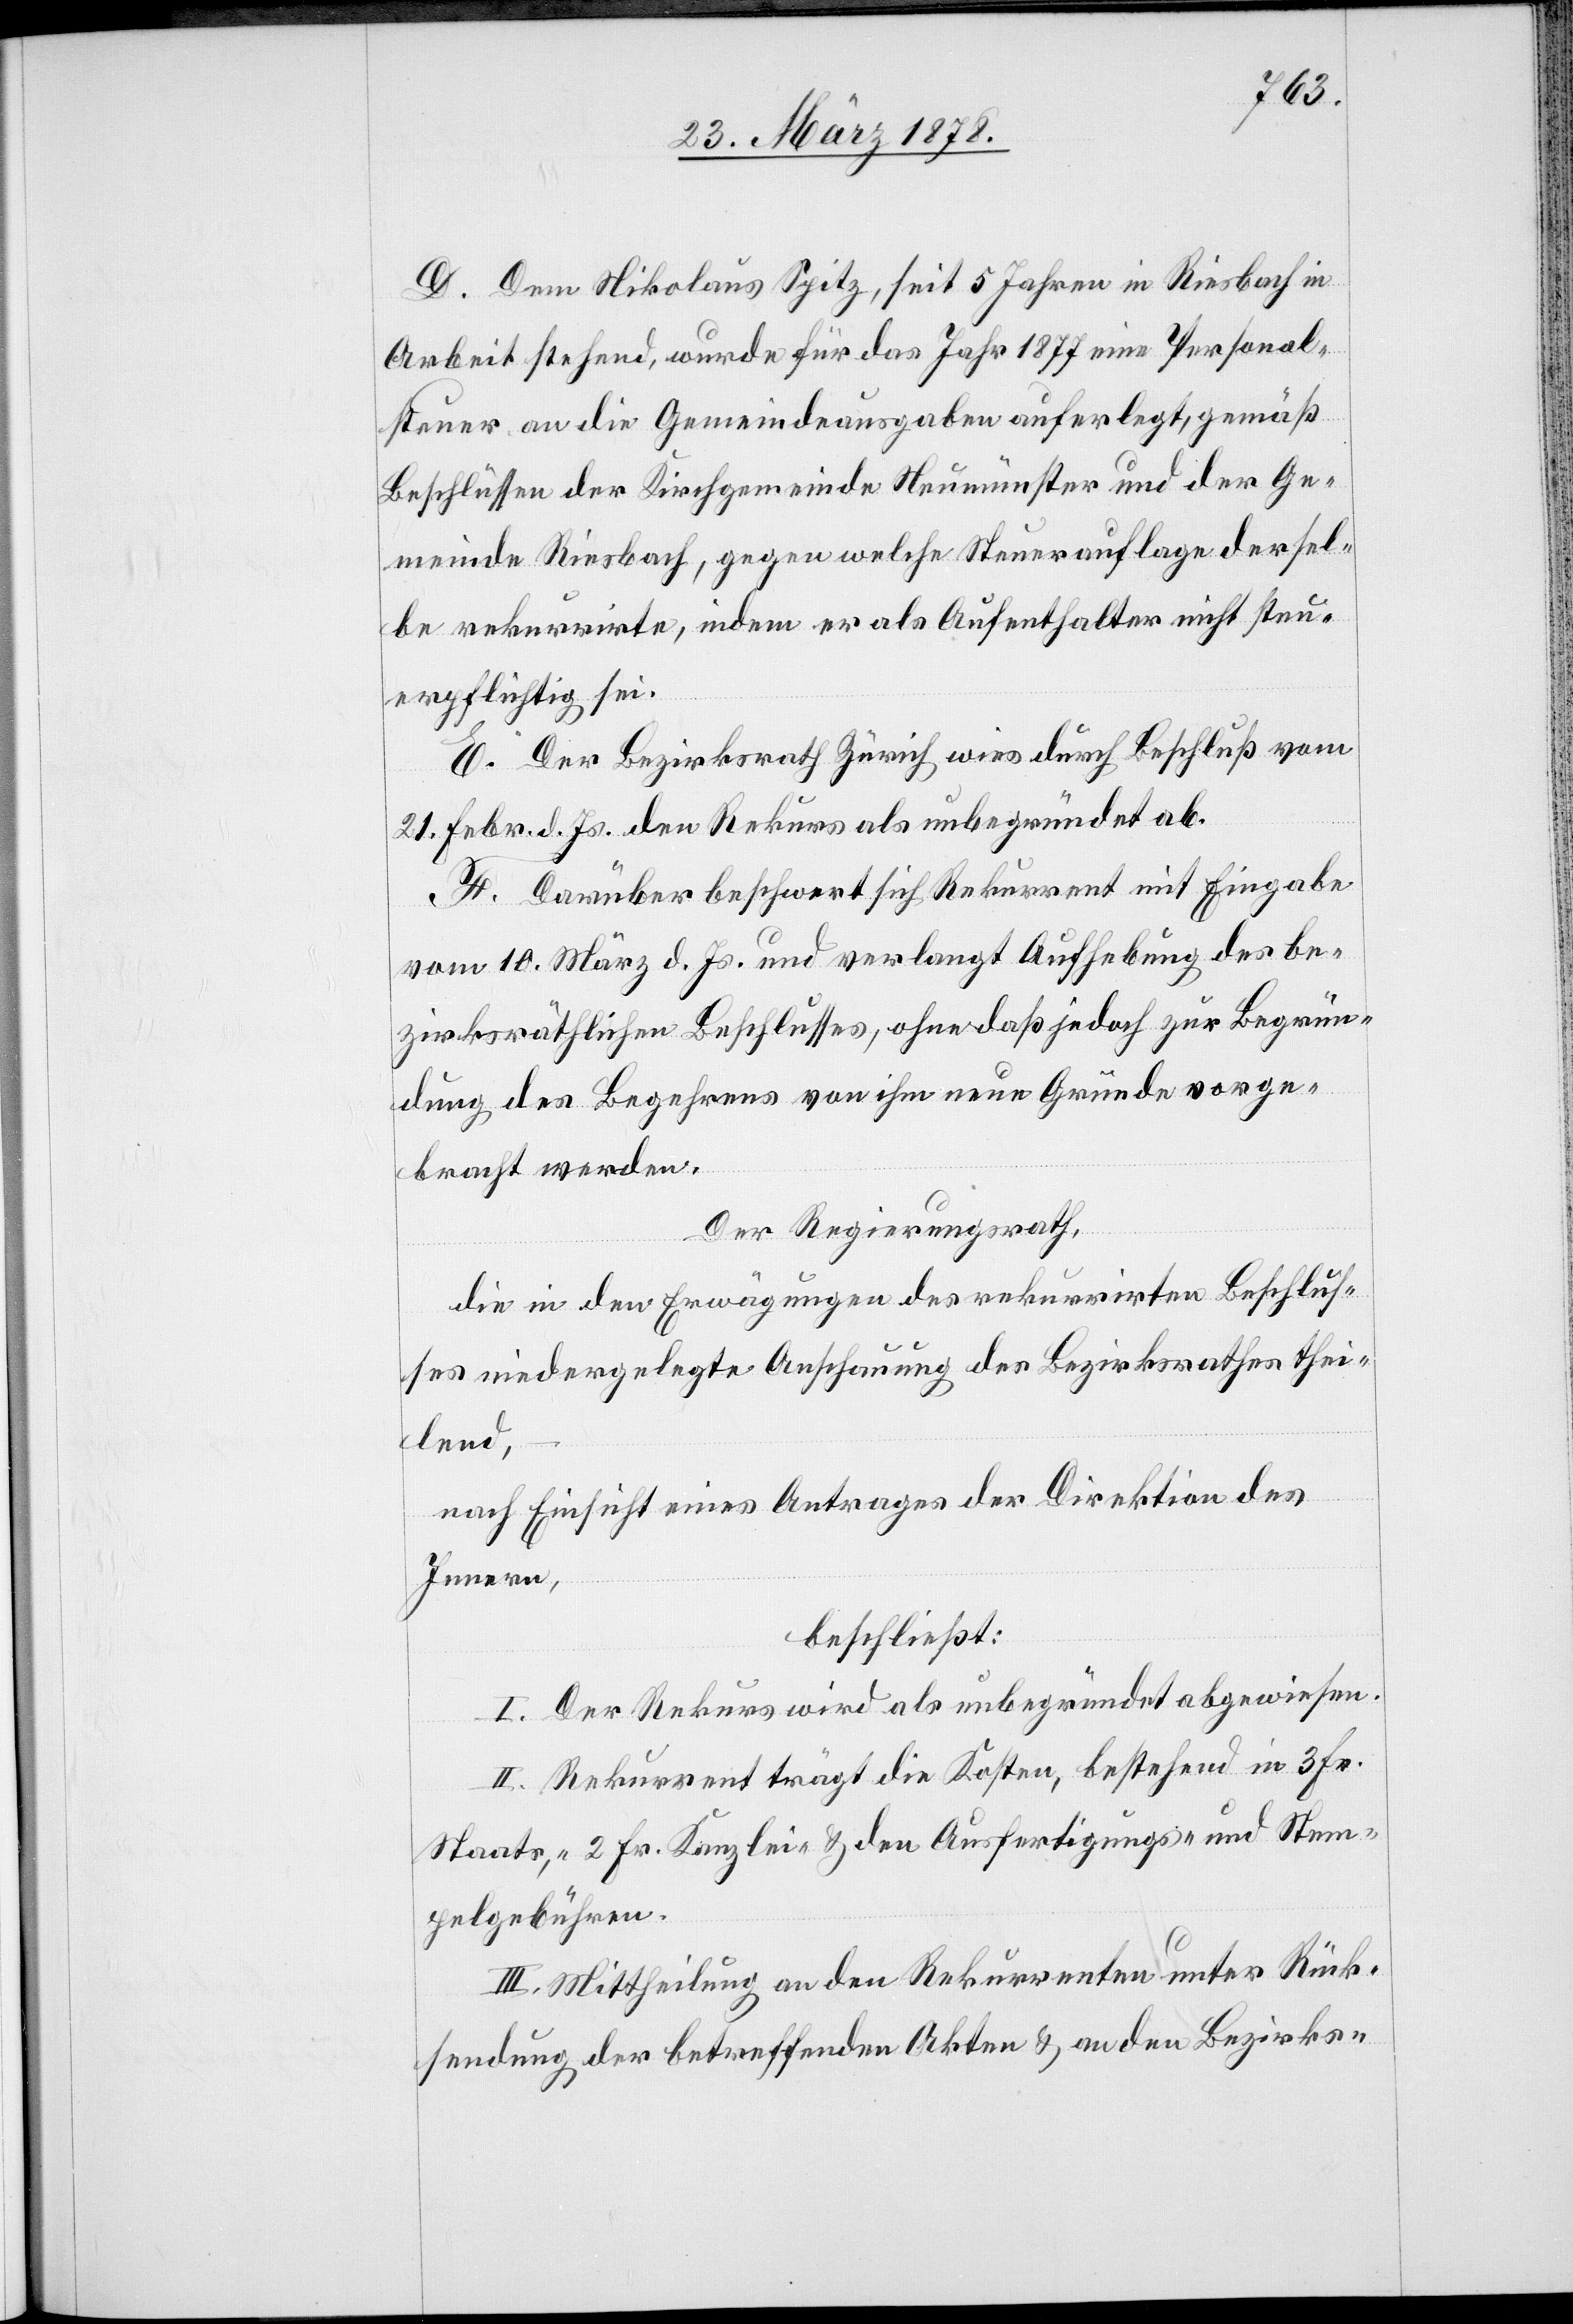
D. Dem Nikolaus Spitz, seit 5 Jahren in Riesbach in
Arbeit stehend, wurde für das Jahr 1877 eine Personal¬
steuer an die Gemeindeausgaben auferlegt, gemäß
Beschlüssen der Kirchgemeinde Neumünster und der Ge¬
meinde Riesbach, gegen welche Steuerauflage dersel¬
be rekurrirte, indem er als Aufenthalter nicht steu¬
erpflichtig sei.
E. Der Bezirksrath Zürich wies durch Beschluß vom
21. Febr. d. Js. den Rekurs als unbegründet ab.
F. Darüber beschwert sich Rekurrent mit Eingabe
vom 10. März d. Js. und verlangt Aufhebung des be¬
zirksräthlichen Beschlusses, ohne daß jedoch zur Begrün¬
dung des Begehrens von ihm neue Gründe vorge¬
bracht werden.
Der Regierungsrath,
die in den Erwägungen des rekurrirten Beschlus¬
ses niedergelegte Anschauung des Bezirksrathes thei¬
lend,
nach Einsicht eines Antrages der Direktion des
Innern,
beschließt:
I. Der Rekurs wird als unbegründet abgewiesen.
II. Rekurrent trägt die Kosten, bestehend in 3 Fr.
Staats-, 2 Fr. Kanzlei- & den Ausfertigungs- und Stem¬
pelgebühren.
III. Mittheilung an den Rekurrenten unter Rück¬
sendung der betreffenden Akten & an den Bezirks-